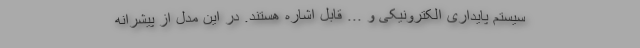
سیستم پایداری الکترونیکی و ... قابل اشاره هستند. در این مدل از پیشرانه